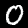
Label: 0